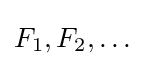
F_{1},F_{2},\dots